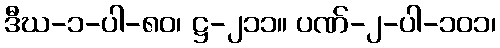
ဒီဃ-၁-ပါ-၈၀၊ ဋ္ဌ-၂၁၁။ ပဏ်-၂-ပါ-၁၀၁၊